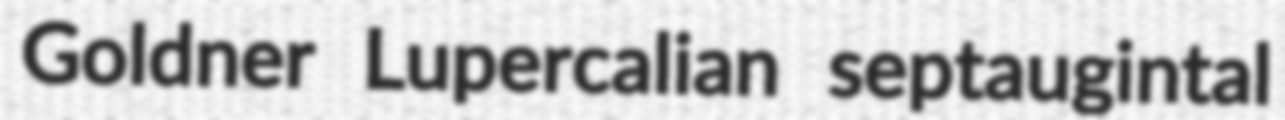
Goldner Lupercalian septaugintal